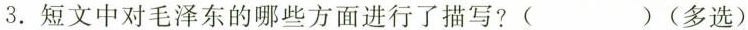
3.短文中对毛泽东的哪些方面进行了描写?( )(多选)